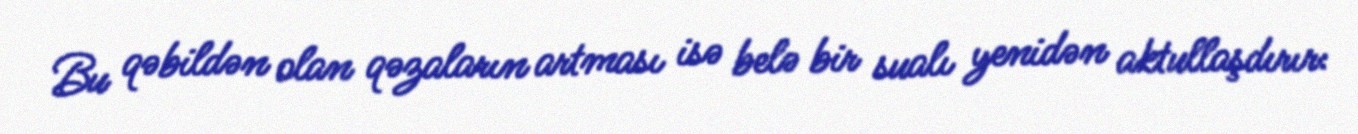
Bu qəbildən olan qəzaların artması isə belə bir sualı yenidən aktullaşdırır: